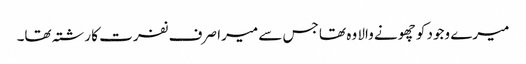
میرے وجود کو چھونے والا وہ تھا جس سے میرا صرف نفرت کا رشتہ تھا۔